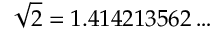
{ \sqrt { 2 } } = 1 . 4 1 4 2 1 3 5 6 2 \ldots